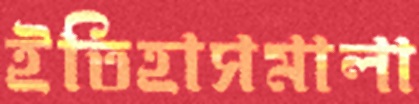
ইতিহাসমালা